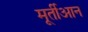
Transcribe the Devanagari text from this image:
मूर्तीआन